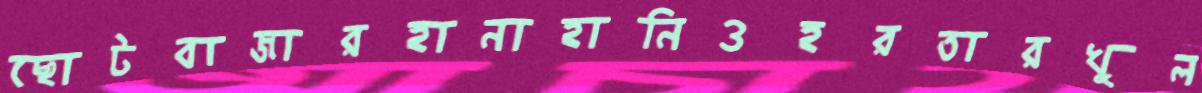
ছোটবাজারহানাহানিওহরতারখুল